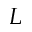
L